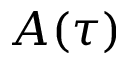
A ( \tau )